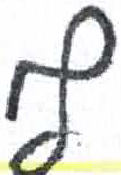
אות: ף